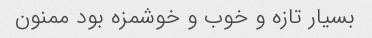
بسیار تازه و خوب و خوشمزه بود ممنون